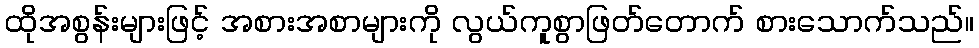
ထိုအစွန်းများဖြင့် အစားအစာများကို လွယ်ကူစွာဖြတ်တောက် စားသောက်သည်။